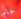
حام